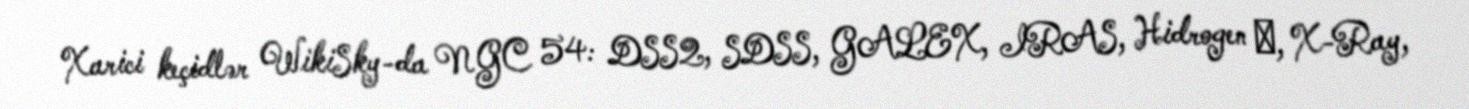
Xarici keçidlər WikiSky-da NGC 54: DSS2, SDSS, GALEX, IRAS, Hidrogen α, X-Ray,